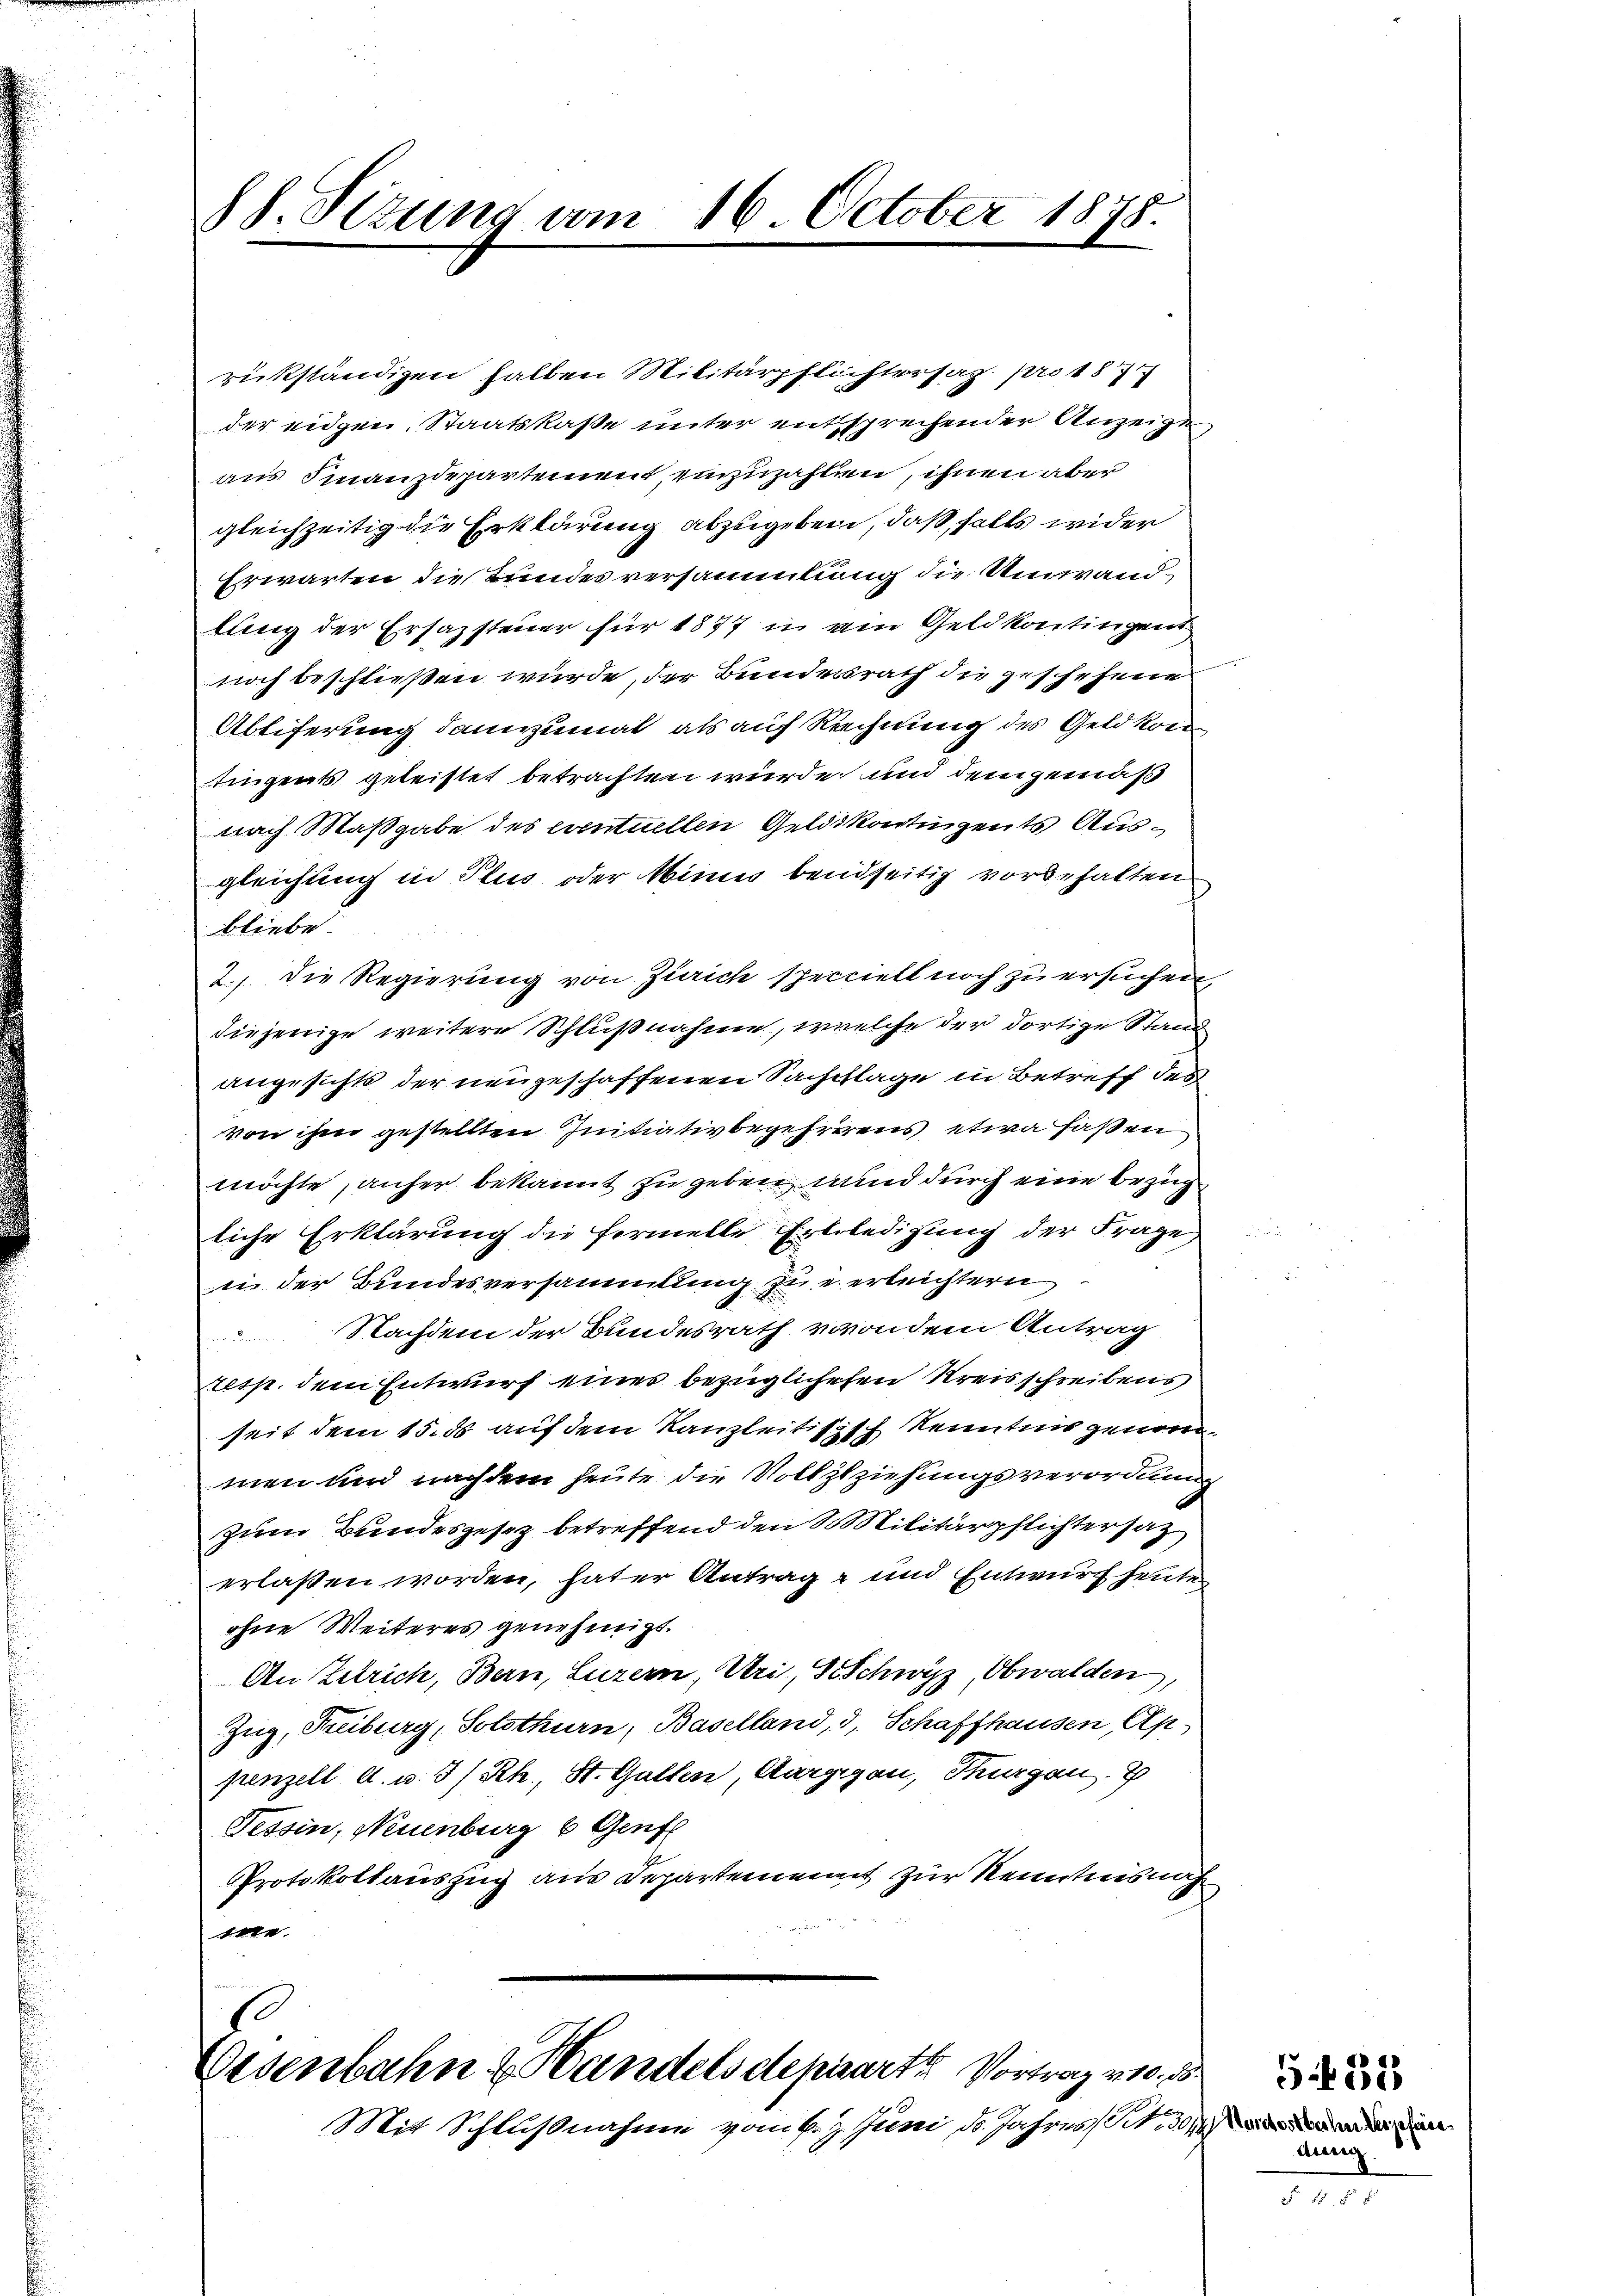
SS. Sizung vom 16. October 1878.

rükständigen halben Militärpflichtersag pro 187
der eidgen. Staatskaße unter entsprechender Anzeige,
aus Finanzdepartement einzuzahlen, ihnen aber
gleichzeitig die Erklärung abzugeben, daß, falls wider
Erwarten die Bundesversammlung die Umwandlung der Ersazsteuer für 1877 u. ein Geld kontingent
noch beschließen wurde, der Bundesrath die geschehene
Abtiferung dannzumal als auf Rechnung des Geld kon
tingents geleistet betrachten würde und dem gemäß
nach Maßgabe des eventuellen Geldskontingents Ausgleichung in Plus oder Minis beidseitig vorbehalten
bliebe
2.) Die Regierung von Zürich specielt noch zu ersuchen,
diejenige weitere Schlußnahme, welche der dortige Stand
angesichts der neugeschaffenen Sachpflage in Betreff des
von ihm gestellten Initiativbegehrerens etwa faßen
möchte, anher bekannt zu geben und durch eine bezügliche Erklärung die fermelle Erbrledigung der Frage
ii der Bundesversammlung zu verleichtern
Nachdem der Bundesrath verondem Antrag
resp. dem Entwurf eines bezüglichehen Kreisschreibens
seit dem 15. ds auf dem Kanzleitisisch Kenntnis genommen und nachdem heute die Vollzuziehungsverordnung
zum Bundesgesez betreffend den S. Militärpflichtersatz
erlaßen worden, hater Antrag und Entwurf heute
ohne Weiteres genehmigt.
An Zelrich, Bern, Luzern, Uri, Schwyz, Obwalden,
Zug, Freiburg, Solothurn, Baselland, 3, Schaffhausen Ap
penzell a. u. 3/Rh., St. Gatten, Aargau, Thurgau. B
Tessin, Neuenburg 6 Genf
PProtokollauszug aus Departement zur Kenntnis näh
wer

Eisenbahn & Handelsdeparte Vortrag v. 3.
Mit Schlußnahme vom 6. Juni d. Jahres St.

aichostbachen der gefeie
dung

5.431